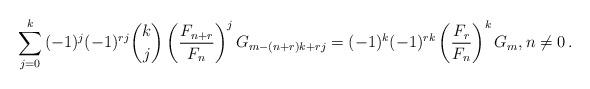
LaTeX: \begin{align*}\sum_{j = 0}^k {( - 1)^j ( - 1)^{rj} \binom kj\left( {\frac{{F_{n + r} }}{{F_n }}} \right)^j G_{m - (n + r)k + rj} } = ( - 1)^k ( - 1)^{rk} \left( {\frac{{F_r }}{{F_n }}} \right)^k G_m ,n\ne 0\,.\end{align*}